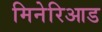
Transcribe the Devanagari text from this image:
मिनेरिआड